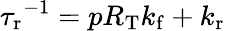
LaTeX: {\tau_{\mathrm{r}}}^{-1}=pR_{\mathrm{T}}{k_{\mathrm{f}}}+{k_{\mathrm{r}}}